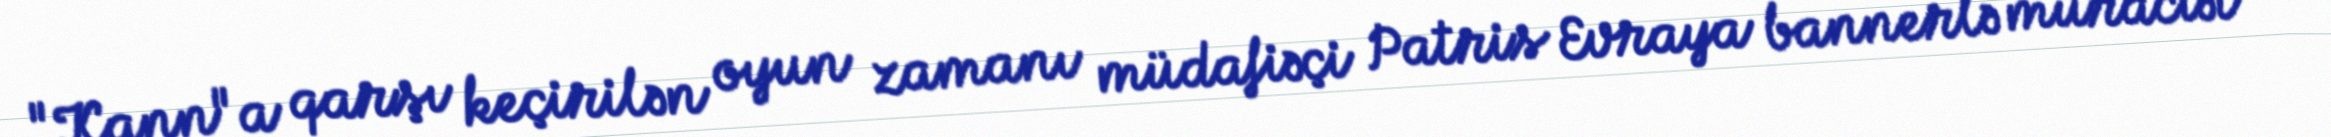
"Kann"a qarşı keçirilən oyun zamanı müdafiəçi Patris Evraya bannerlə müraciət